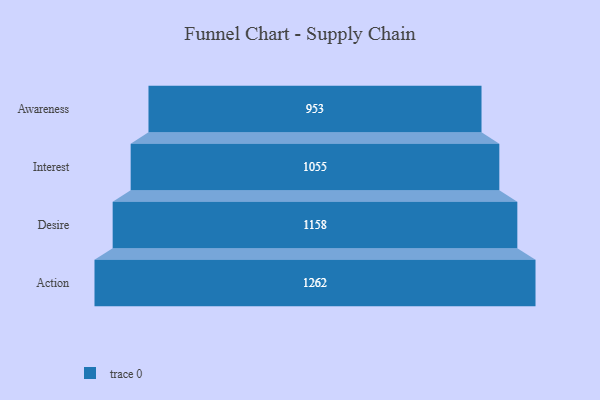
{"axis": {"x": "Stage", "y": "Value"}, "legend": [""], "data": [{"x": "Awareness", "y": 953.0, "type": ""}, {"x": "Interest", "y": 1055.0, "type": ""}, {"x": "Desire", "y": 1158.0, "type": ""}, {"x": "Action", "y": 1262.0, "type": ""}]}